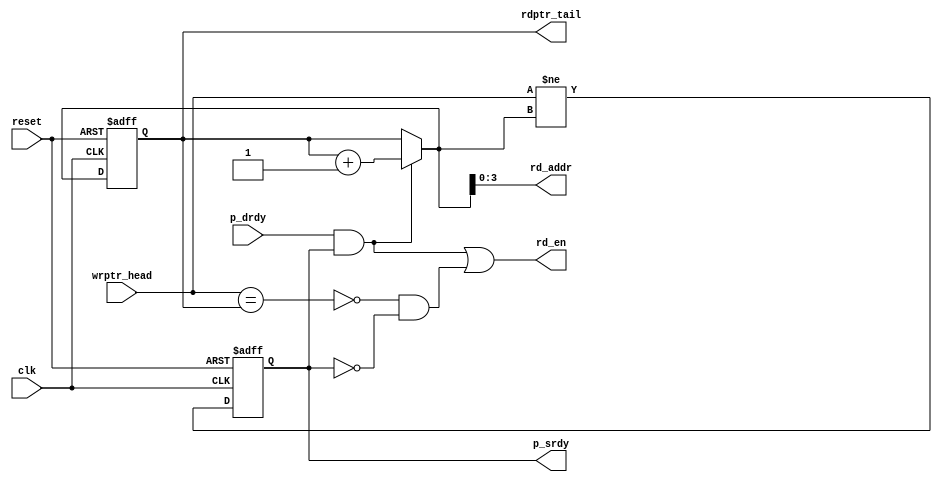
//----------------------------------------------------------------------
// Srdy/Drdy FIFO Head "S"
//
// Building block for FIFOs.  The "S" (big) FIFO is design for smaller
// FIFOs based around memories or flops, with sizes that are a power of 2.
//
// The "S" FIFO can be used as a two-clock asynchronous FIFO.
//
// Naming convention: c = consumer, p = producer, i = internal interface
//----------------------------------------------------------------------
//
// This block is uncopyrighted and released into the public domain.
//----------------------------------------------------------------------

// Clocking statement for synchronous blocks.  Default is for
// posedge clocking and positive async reset
`ifndef SDLIB_CLOCKING 
 `define SDLIB_CLOCKING posedge clk or posedge reset
`endif

// delay unit for nonblocking assigns, default is to #1
`ifndef SDLIB_DELAY 
 `define SDLIB_DELAY #1 
`endif

module sd_fifo_tail_s
  #(parameter depth=16,
    parameter async=0,
    parameter asz=$clog2(depth)
    )
    (
     input                  clk,
     input                  reset,

     input [asz:0]          wrptr_head,
     output [asz:0]         rdptr_tail,

     output reg             rd_en,
     output [asz-1:0]       rd_addr,

     output reg             p_srdy,
     input                  p_drdy
     );

  reg [asz:0] 		rdptr;
  reg [asz:0] 		nxt_rdptr;
  reg [asz:0] 		rdptr_p1;
  reg 			empty;
  reg 			nxt_p_srdy;
  wire [asz:0] 		wrptr;

  assign rd_addr = nxt_rdptr[asz-1:0];

  always @*
    begin
      rdptr_p1 = rdptr + 1;
      
      empty = (wrptr == rdptr);

      if (p_drdy & p_srdy)
	nxt_rdptr = rdptr_p1;
      else
	nxt_rdptr = rdptr;
	  
      nxt_p_srdy = (wrptr != nxt_rdptr);
      rd_en = (p_drdy & p_srdy) | (!empty & !p_srdy);
    end
      
  always @(`SDLIB_CLOCKING)
    begin
      if (reset)
	begin
	  rdptr <= `SDLIB_DELAY 0;
	  p_srdy  <= `SDLIB_DELAY 0;
	end
      else
	begin
	  rdptr <= `SDLIB_DELAY nxt_rdptr;
	  p_srdy <= `SDLIB_DELAY nxt_p_srdy;
	end // else: !if(reset)
    end // always @ (posedge clk)

  function [asz:0] bin2grey;
    input [asz:0] bin_in;
    integer 	  b;
    begin
      bin2grey[asz] = bin_in[asz];
      for (b=0; b<asz; b=b+1)
	bin2grey[b] = bin_in[b] ^ bin_in[b+1];
    end
  endfunction // for

  function [asz:0] grey2bin;
    input [asz:0] grey_in;
    integer 	  b;
    begin
      grey2bin[asz] = grey_in[asz];
      for (b=asz-1; b>=0; b=b-1)
	grey2bin[b] = grey_in[b] ^ grey2bin[b+1];
    end
  endfunction

  assign rdptr_tail = (async) ? bin2grey(rdptr) : rdptr;
  assign wrptr = (async)? grey2bin(wrptr_head) : wrptr_head;
  
endmodule // sd_fifo_head_s